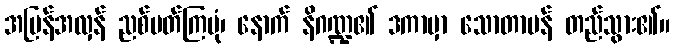
အပြန်အလှန် ညစ်ပတ်ကြပုံ၊ နောက် နိဂဏ္ဍ၏ ဒကာမှာ သောတာပန် တည်သွား၏။